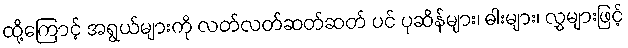
ထို့ကြောင့် အရွယ်များကို လတ်လတ်ဆတ်ဆတ် ပင် ပုဆိန်များ၊ ဓါးများ၊ လွှများဖြင့်